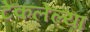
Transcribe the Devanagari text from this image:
टेकलेल्या